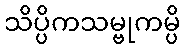
သိပ္ပိကသမ္ဗုကမ္ပိ